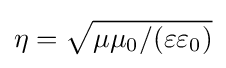
\eta ={\sqrt {\mu \mu _{0}/(\varepsilon \varepsilon _{0})}}